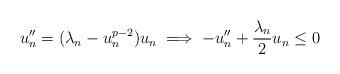
LaTeX: \begin{align*}u_n'' = (\lambda_n- u_n^{p-2}) u_n \implies -u_n'' + \frac{\lambda_n}{2} u_n \le 0\end{align*}